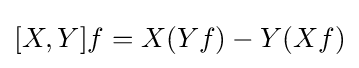
[X,Y]f=X(Yf)-Y(Xf)